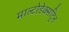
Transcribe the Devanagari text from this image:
माल्टोडेक्सट्रिन